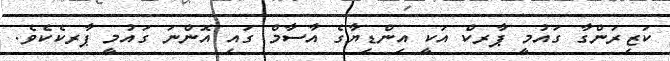
ކަޒިރަންގާ ގައުމީ ޕާރކް އަކީ އިންޑިޔާގެ އާސާމް ގައި އޮންނަ ގައުމީ ޕާރކެކެވެ.